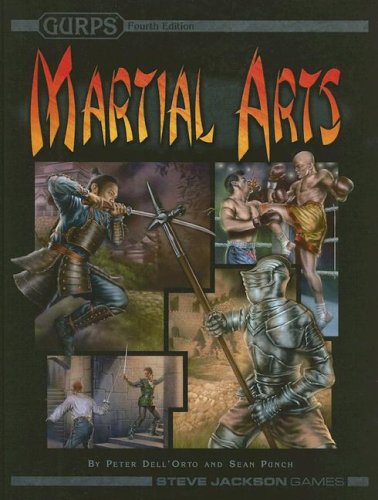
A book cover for GURPS Martial Arts; Sean Punch; Science Fiction & Fantasy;